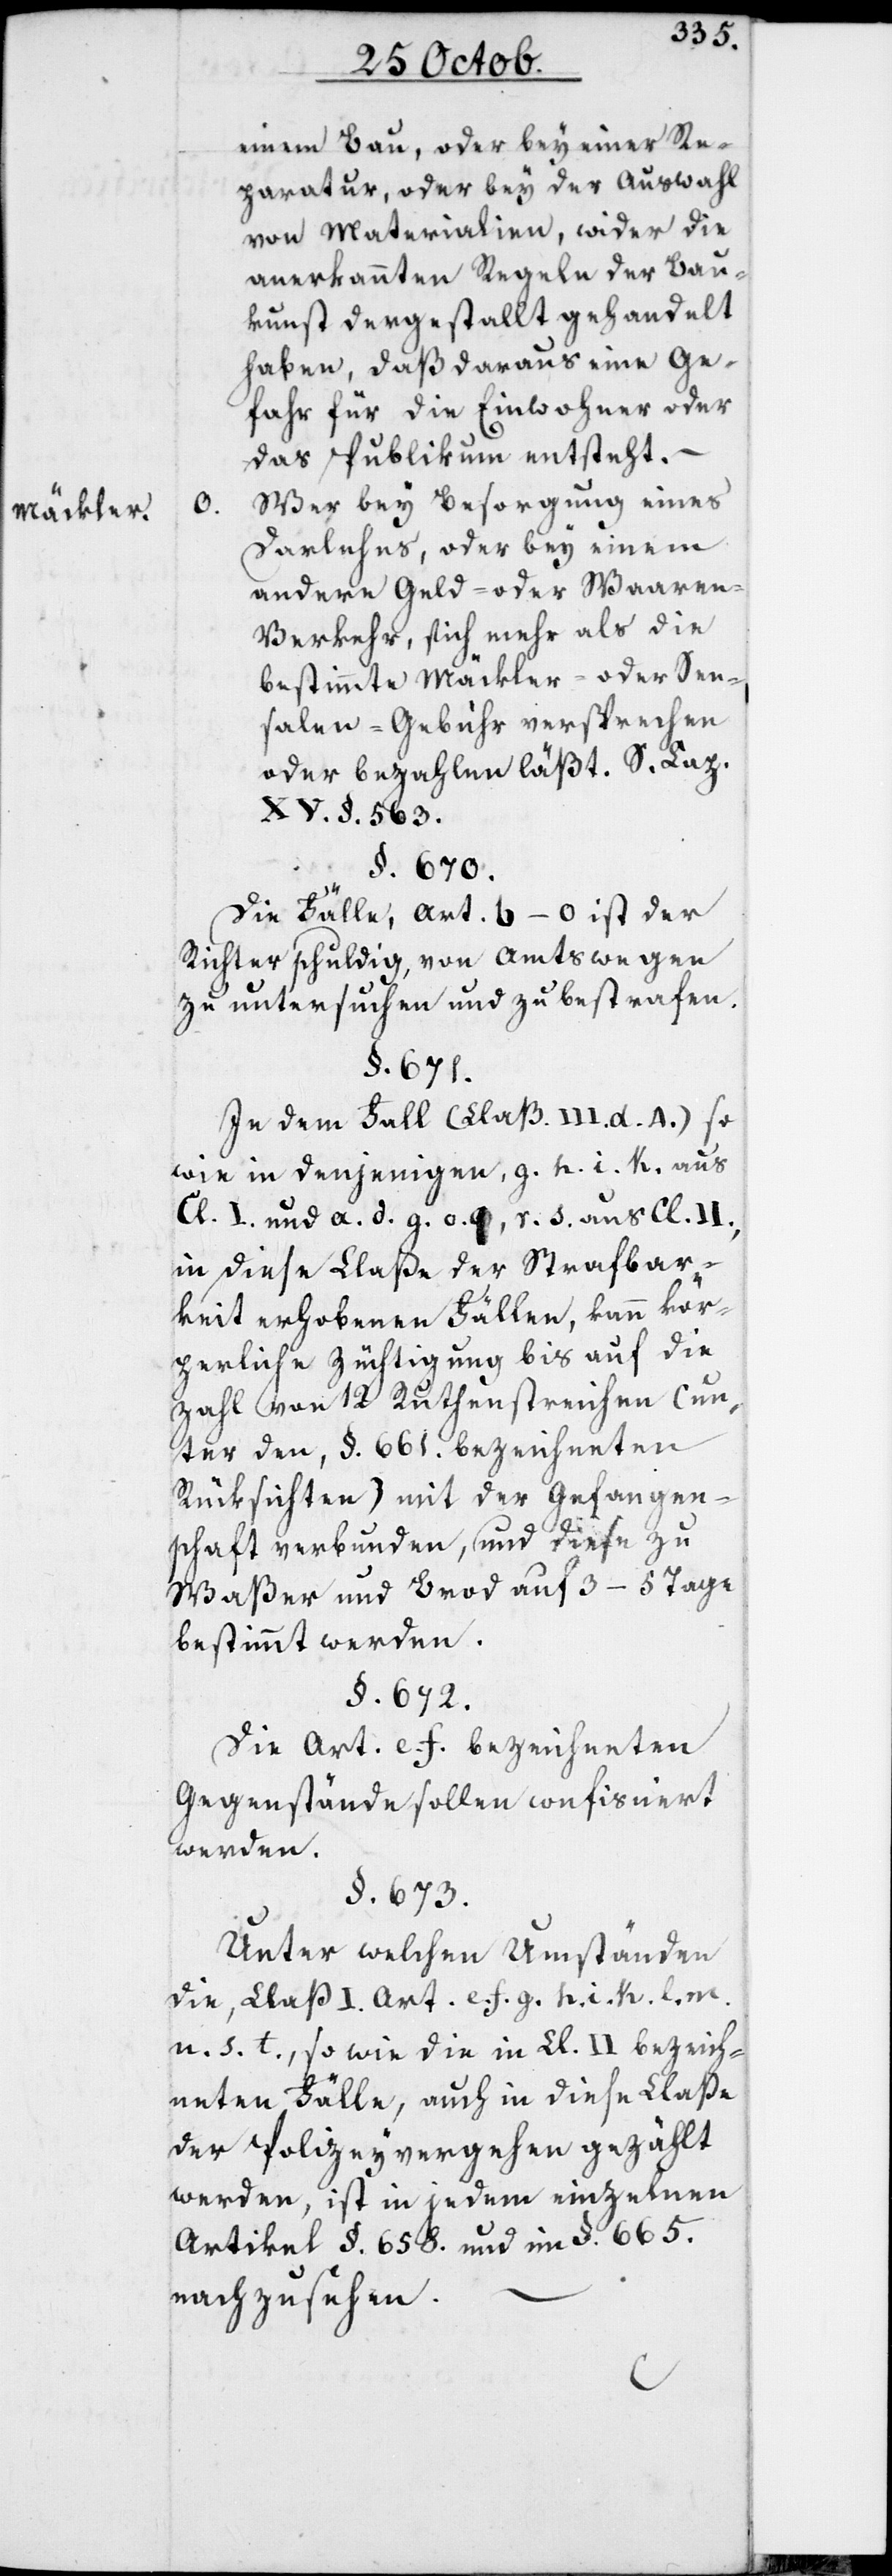
Mäckler.

o.

einem Bau, oder bey einer Re¬
paratur, oder bey der Auswahl
von Materialien, wider die
anerkannten Regeln der Bau¬
kunst dergestallt gehandelt
haben, daß daraus eine Ge¬
fahr für die Einwohner oder
das Publikum entsteht.
Wer bey Besorgung eines
Darlehens oder bey einem
andern Geld- oder Waaren¬
verkehr, sich mehr als die
bestimmte Mäckler- oder Sen¬
salen-Gebühr versprechen
oder bezahlen läßt. S. Cap.
XV. §. 563.
§. 671.
Die Fälle, Art. b–o, ist der
Richter schuldig, von Amtswegen
zu untersuchen und zu bestrafen.
In dem Fall (Claß. III. d. 4.) so¬
wie in denjenigen, g. h. i. k. aus
Cl. I. und a. d. g. o. q. r. s. aus Cl. II.,
in diese Claße der Strafbar¬
keit erhobenen Fällen, kann kör¬
perliche Züchtigung bis auf die
Zahl von 12. Ruthenstreichen (un¬
ter den, §. 661. bezeichneten
Rücksichten) mit der Gefangen¬
schaft verbunden, und diese zu
Waßer und Brod auf 3–5. Tage
bestimmt werden.
§. 672.
Die Art. e. f. bezeichneten
Gegenstände sollen confisciert
werden.
§. 673.
Unter welchen Umständen
die, Claß. I. Art. e. f. g. h. i. k. l. m.
n. s. t., so wie die in Cl. II. bezeich¬
neten Fälle, auch in diese Claße
der Polizeyvergehen gezählt
werden, ist in jedem einzelnen
Artikel §. 658. und in §. 665.
nachzusehen.